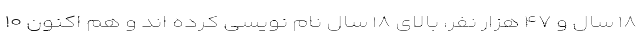
۱۸ سال و ۴۷ هزار نفر، بالای ۱۸ سال نام نویسی کرده اند و هم اکنون ۱۰